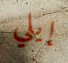
إيلي